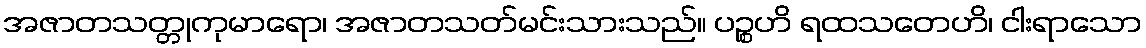
အဇာတသတ္တုကုမာရော၊ အဇာတသတ်မင်းသားသည်။ ပဉ္စဟိ ရထသတေဟိ၊ ငါးရာသော